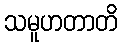
သမူဟတာတိ